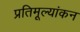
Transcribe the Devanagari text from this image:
प्रतिमूल्यांकन